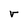
Character: r